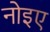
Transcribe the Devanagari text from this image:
नोइए